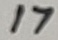
Text: 17